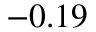
- 0 . 1 9